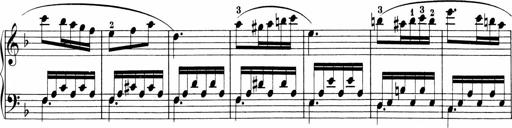
Title: Sonatinen Op.47, 98 und 136, nebst 6 Liedersonatinen
Composer: Carl Reinecke